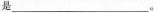
是___。